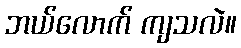
ဘယ်လောက် ကျသလဲ။